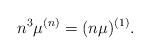
LaTeX: \begin{align*} n^3\mu^{(n)}= (n\mu)^{(1)}. \end{align*}